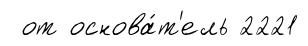
от основа́т'ель 2221